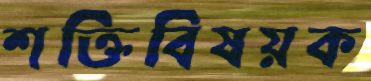
শক্তিবিষয়ক